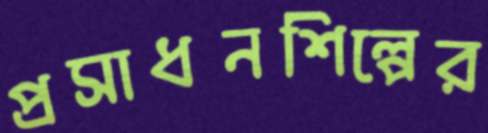
প্রসাধনশিল্পের